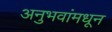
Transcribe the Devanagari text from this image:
अनुभवांमधून